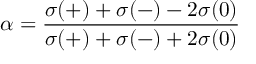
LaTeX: \alpha = \frac { \sigma ( + ) + \sigma ( - ) - 2 \sigma ( 0 ) } { \sigma ( + ) + \sigma ( - ) + 2 \sigma ( 0 ) }